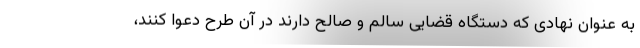
به عنوان نهادی که دستگاه قضایی سالم و صالح دارند در آن طرح دعوا کنند،